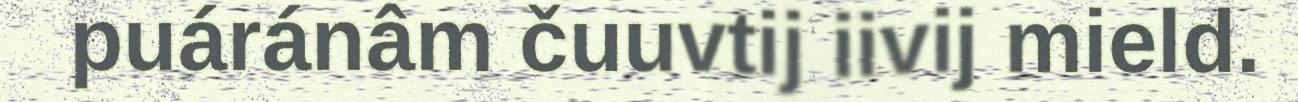
puáránâm čuuvtij iivij mield.